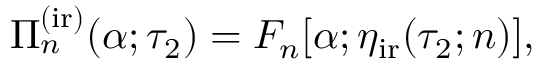
\begin{array} { r } { \Pi _ { n } ^ { \mathrm { ( i r ) } } ( \alpha ; \tau _ { 2 } ) = F _ { n } [ \alpha ; \eta _ { \mathrm { i r } } ( \tau _ { 2 } ; n ) ] , } \end{array}